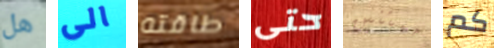
هل الى طاقته حتى ممتنين كم